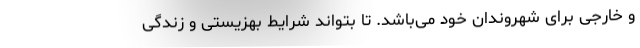
و خارجی برای شهروندان خود می‌باشد. تا بتواند شرایط بهزیستی و زندگی